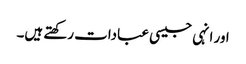
اور انہی جیسی عبادات رکھتے ہیں۔